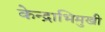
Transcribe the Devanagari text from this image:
केन्द्राभिमुखी